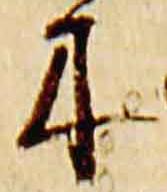
木